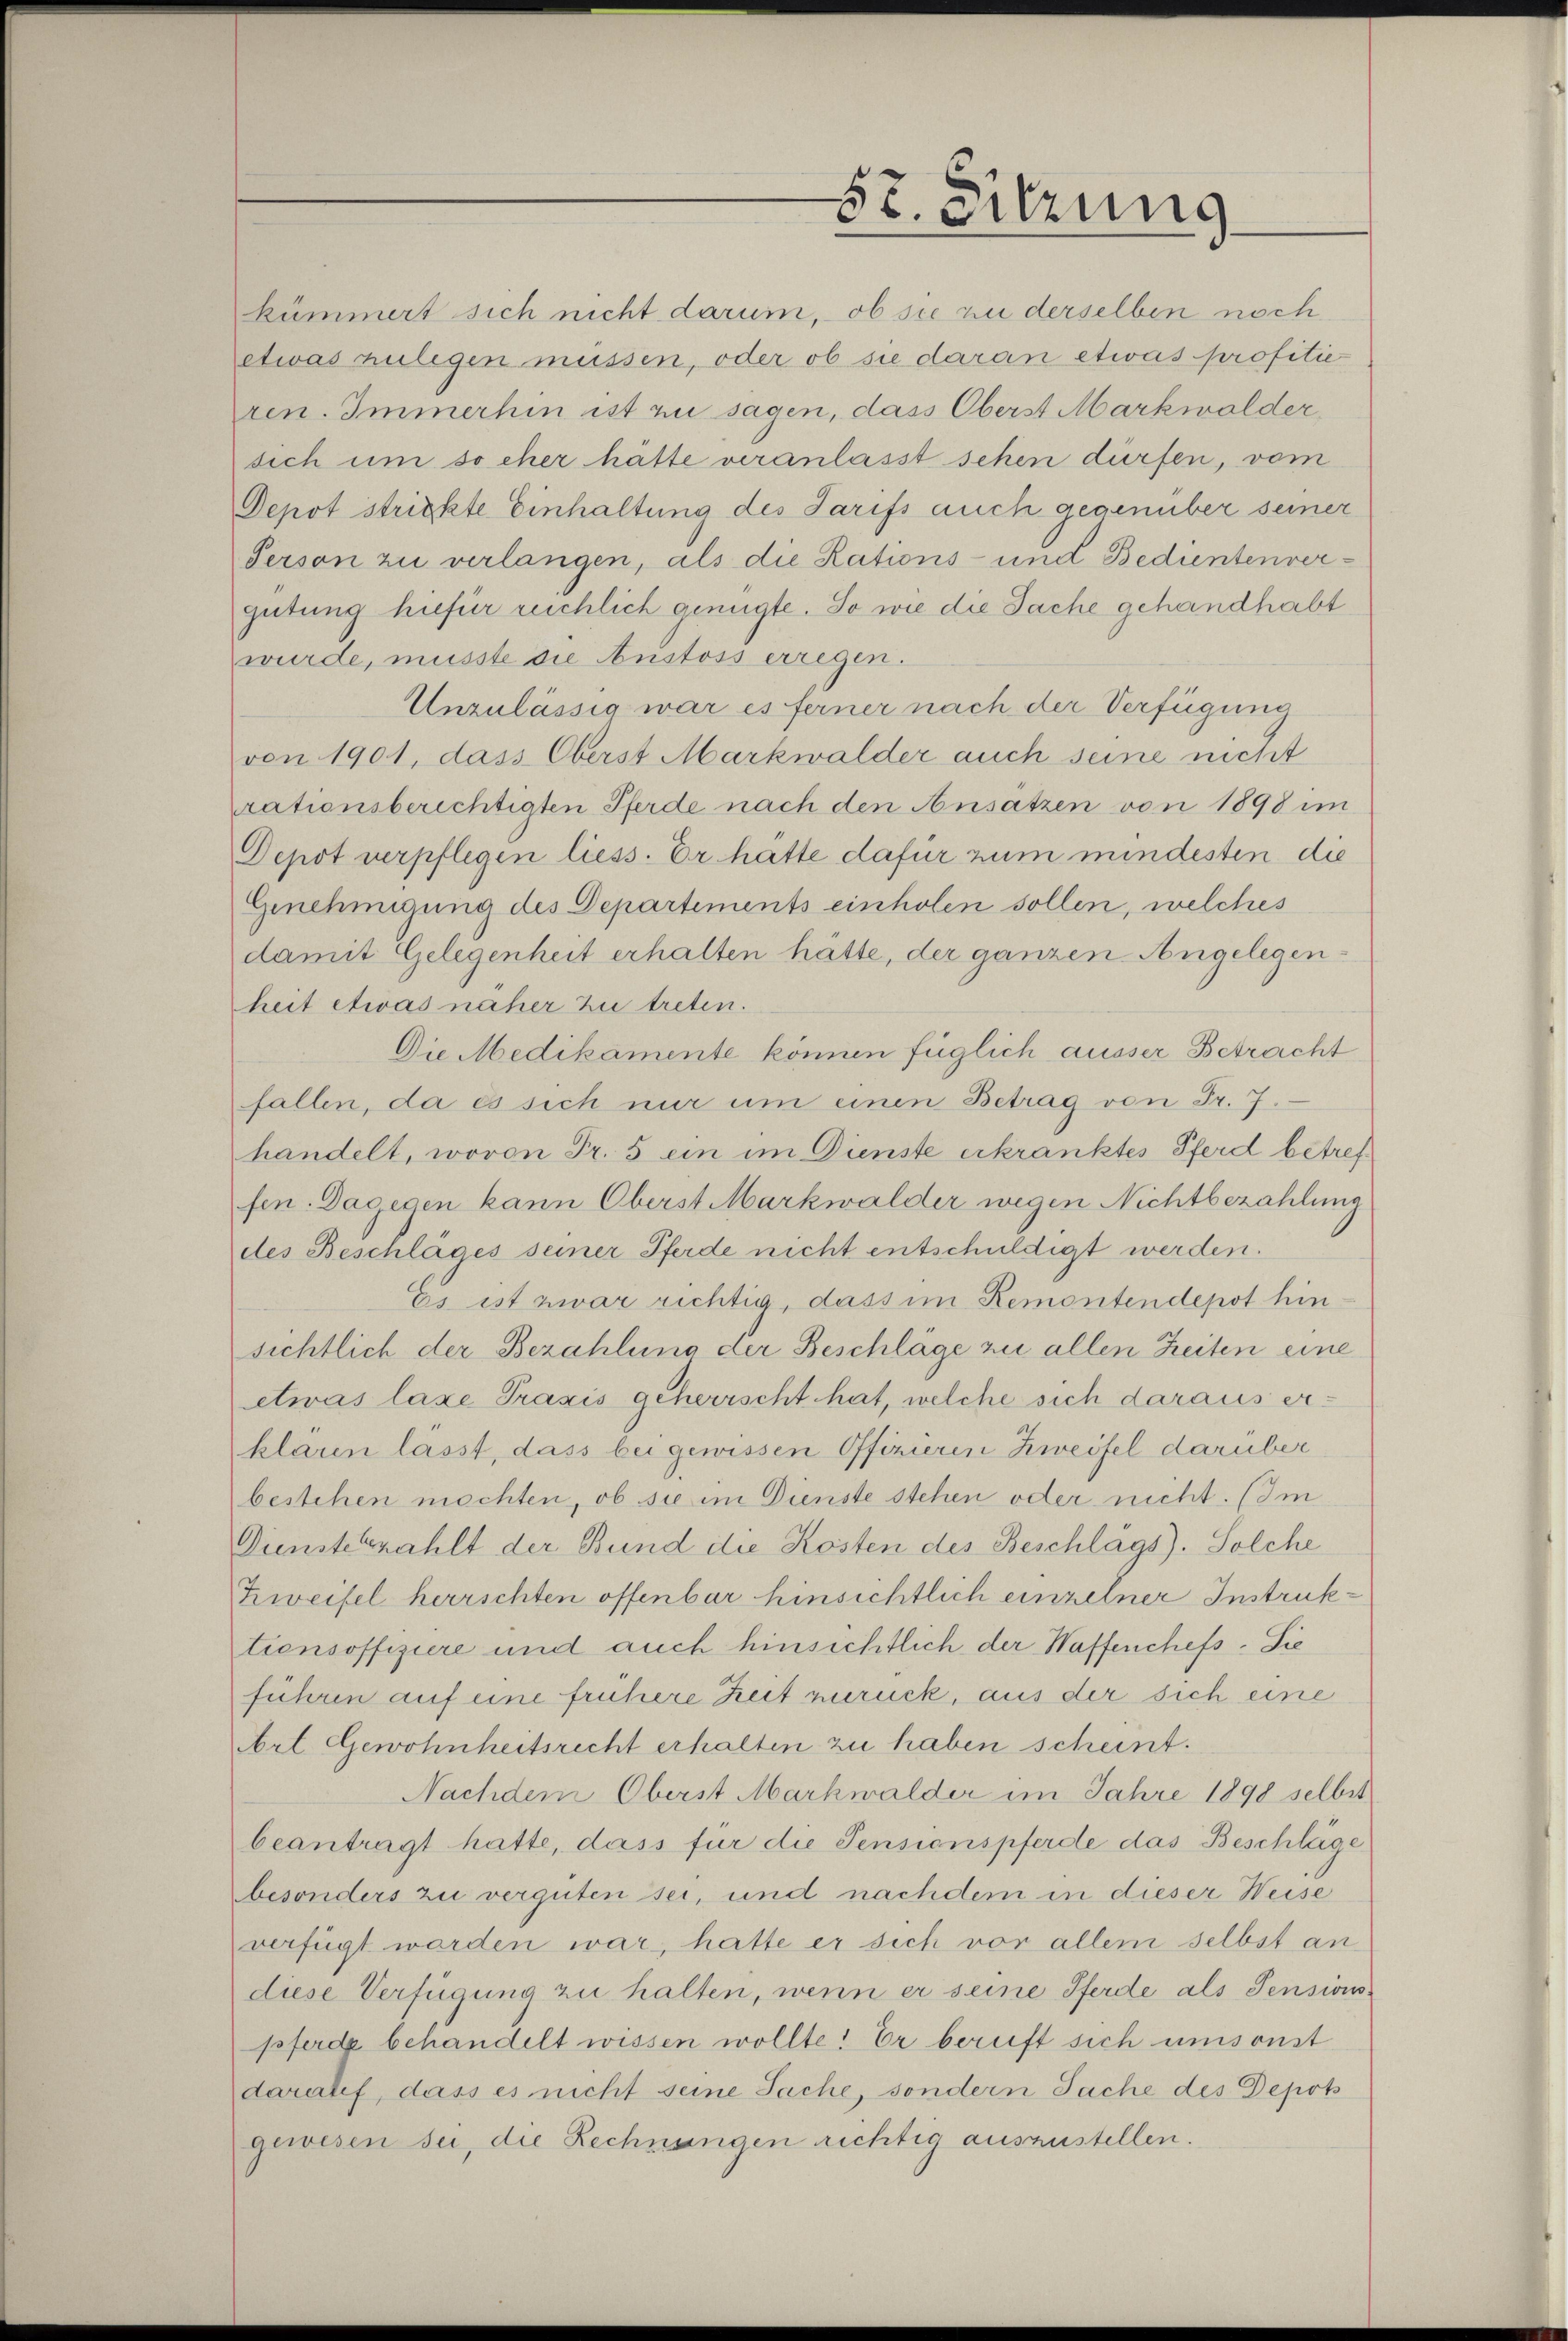
kümmert sich nicht darum, ob sie zu derselben noch
etwas zulegen müssen, oder ob sie daran etwas profitie
ren. Immerhin ist zu sagen, dass Oberst Markwalder,
sich um so eher hätte veranlasst sehen dürfen, vom
Depot strickte Einhaltung des Tarifs auch gegenüber seiner
Person zu verlangen, als die Rations- und Bedientenvergütung hiefür rechlich genügte. So wie die Sache gehandhabt
wurde, müsste die Austoss erregen.
Unzulässig war es ferner nach der Verfügung
von 1901, dass Oberst Markwalder auch seine nicht
rationsberichtigten Pferde nach den Ansatzen von 1898 im
Depot verpflegen liess. Er hatte dafür zum mindesten die
Genehmigung des Departements einholen sollen, welches
damit Gelegenheit erhalten hätte, der ganzen Angelegenheit etwas näher zu treten.
Die Medikamente können füglich ausser Betracht
fallen, da es sich nur um einen Betrag von Fr. 7.
handelt, wovon Fr. 5 ein im Dienste erkranktes Pferd betreffen. Dagegen kann Oberst Markwalder wegen Nichtbezahlung
des Beschläges seiner Pferde nicht entschuldigt werden.
Es ist zwar richtig, dass im Remontendepot hinsichtlich der Bezahlung der Beschläge zu allen Zeiten eine
etwas laxe Praxis geherrscht hat, welche sich daraus erklaren lasst, dass bei gewissen Offizieren Zweifel darüber
bestehen möchten, ob sie im Dienste stehen oder nicht. (Im
Dienstekzahlt der Bund die Kosten des Beschlags). Solche
Zweifel herrschten offenbar hinsichtlich einzelner Instruktionsoffiziere und auch hinsichtlich der Waffenchefs-Sie
führen auf eine frühere Zeit verück, aus der sich eine
Art Gewohnheitsrecht erhalten zu haben scheint.
Nachdem Oberst Markwalder im Jahre 1898 selbst
beantragt hatte, dass für die Pensionspferde das Beschläge
besonders zu verguten sei, und nachdem in dieser Weise
verfügt worden war, hatte er sich vor allem selbst an
diese Verfügung zu halten, wenn er seine Pferde als Pensionspferde behandelt wissen wollte. Er beruft sich umsonst
darauf, dass es nicht seine Sache, sondern Sache des Depots
gewesen sei, die Rechnungen richtig auszustellen.

57. Sitzung